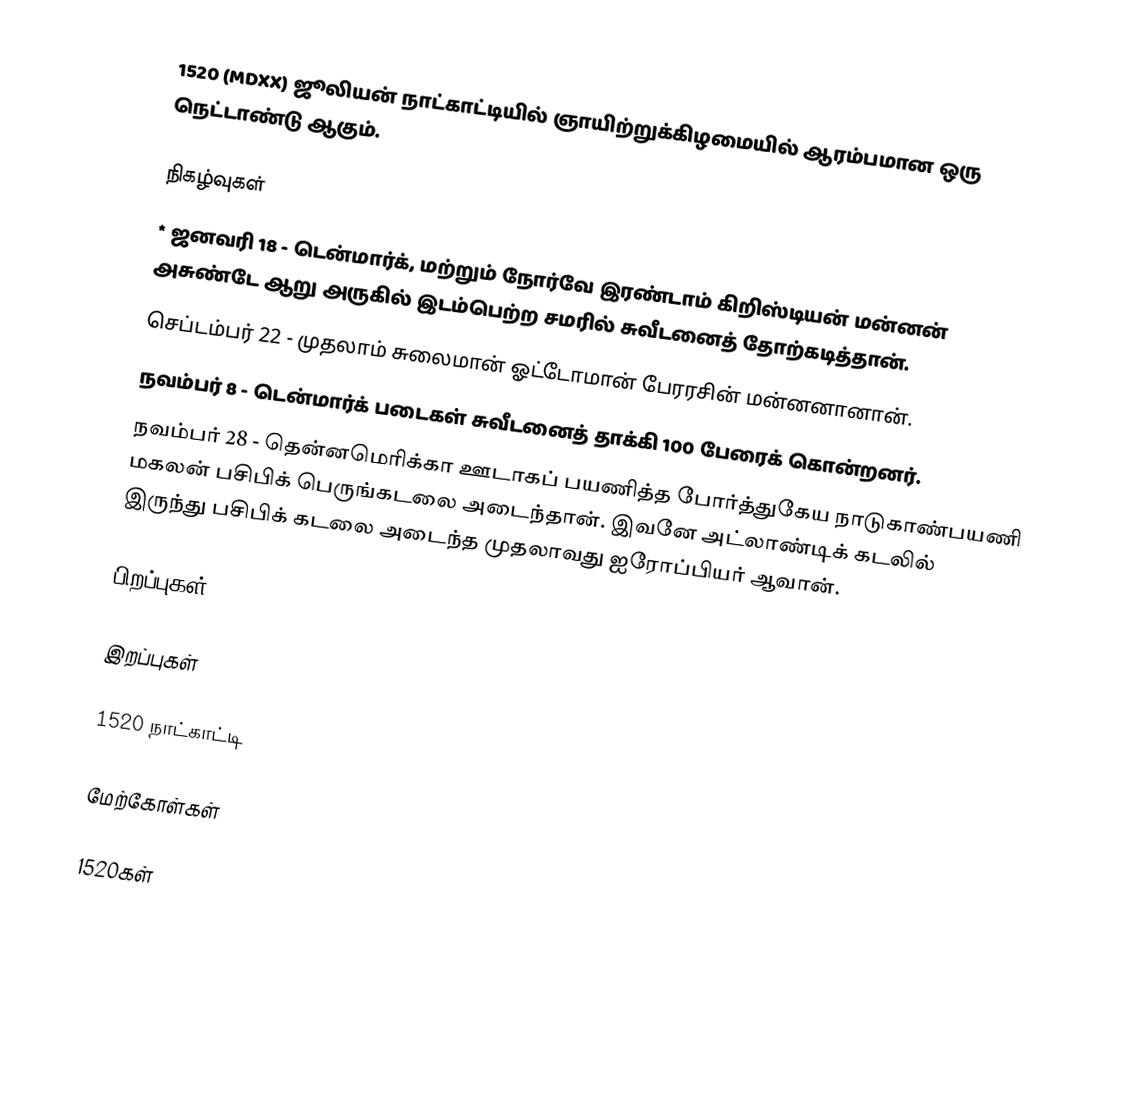
1520 (MDXX) ஜூலியன் நாட்காட்டியில் ஞாயிற்றுக்கிழமையில் ஆரம்பமான ஒரு நெட்டாண்டு ஆகும்.

நிகழ்வுகள்
* ஜனவரி 18 - டென்மார்க், மற்றும் நோர்வே இரண்டாம் கிறிஸ்டியன் மன்னன் அசுண்டே ஆறு அருகில் இடம்பெற்ற சமரில் சுவீடனைத் தோற்கடித்தான்.
 செப்டம்பர் 22 - முதலாம் சுலைமான் ஓட்டோமான் பேரரசின் மன்னனானான்.
 நவம்பர் 8 - டென்மார்க் படைகள் சுவீடனைத் தாக்கி 100 பேரைக் கொன்றனர்.
 நவம்பர் 28 - தென்னமெரிக்கா ஊடாகப் பயணித்த போர்த்துகேய நாடுகாண்பயணி மகலன் பசிபிக் பெருங்கடலை அடைந்தான். இவனே அட்லாண்டிக் கடலில் இருந்து பசிபிக் கடலை அடைந்த முதலாவது ஐரோப்பியர் ஆவான்.

பிறப்புகள்

இறப்புகள்

1520 நாட்காட்டி

மேற்கோள்கள்

1520கள்
1520